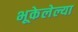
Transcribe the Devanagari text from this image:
भूकेलेल्या